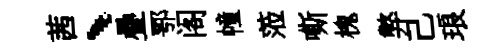
茜、疊鄂阁幢蒞嘶槐弊己琅